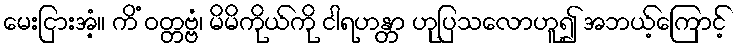
မေးငြားအံ့။ ကိံ ဝတ္တဗ္ဗံ၊ မိမိကိုယ်ကို ငါရဟန္တာ ဟုပြသလောဟူ၍ အဘယ့်ကြောင့်